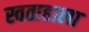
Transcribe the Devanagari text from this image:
स्वताहाला